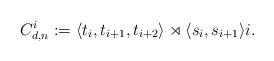
LaTeX: \begin{align*}C^{i}_{d,n} := \langle t_i, t_{i+1}, t_{i+2}\rangle \rtimes \langle s_i, s_{i+1}\rangle i. \end{align*}